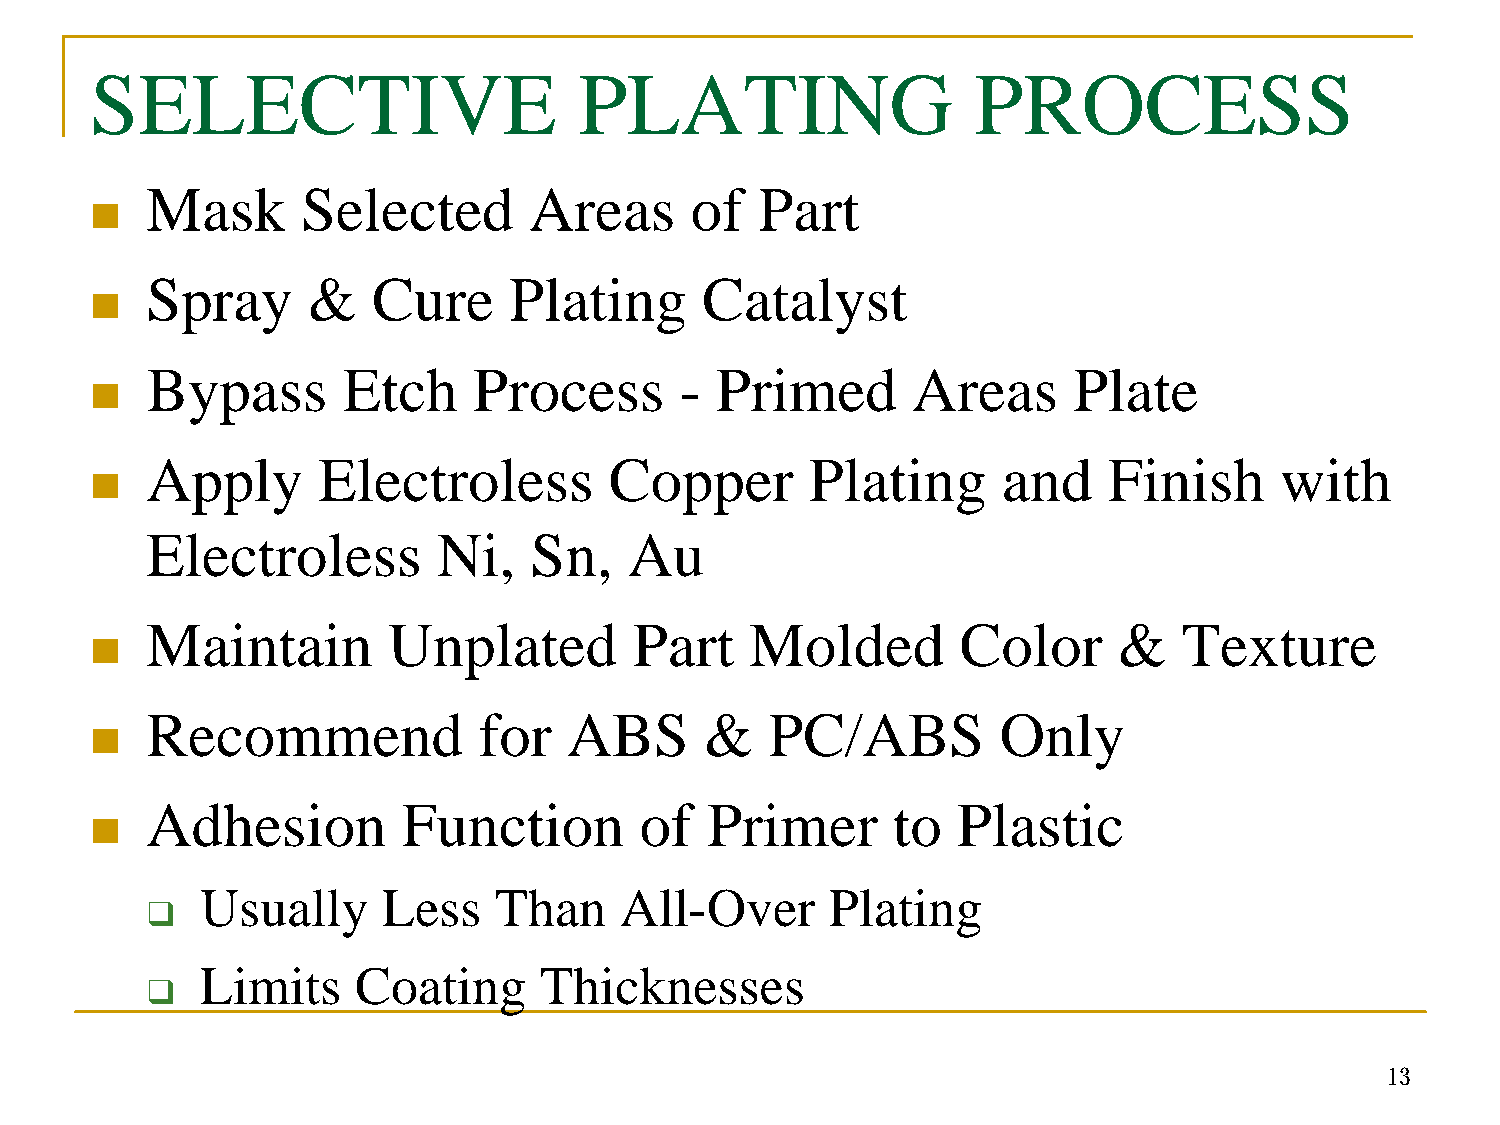
SELECTIVE                       PLATING                    PROCESS
 Mask      Selected       Areas      of  Part
 n
 Spray     &    Cure     Plating     Catalyst
 n
 Bypass       Etch    Process       - Primed       Areas      Plate
 n
 Apply      Electroless        Copper        Plating     and    Finish      with
 n
 Electroless        Ni,   Sn,    Au
 Maintain        Unplated        Part    Molded        Color     &   Texture
 n
 Recommend             for   ABS      &   PC/ABS         Only
 n
 Adhesion         Function       of   Primer      to  Plastic
 n
 Usually     Less    Than    All-Over      Plating
 q
 Limits    Coating      Thicknesses
 q
 13